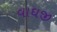
વાઘજી